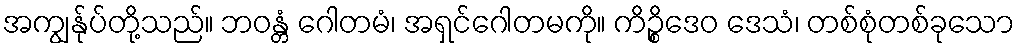
အကျွန်ုပ်တို့သည်။ ဘဝန္တံ ဂေါတမံ၊ အရှင်ဂေါတမကို။ ကိဉ္စိဒေဝ ဒေသံ၊ တစ်စုံတစ်ခုသော